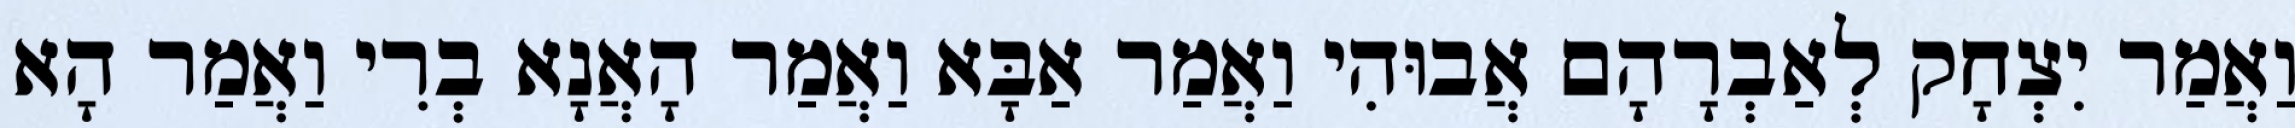
וַאֲמַר יִצְחָק לְאַבְרָהָם אֲבוּהִי וַאֲמַר אַבָּא וַאֲמַר הָאֲנָא בְרִי וַאֲמַר הָא